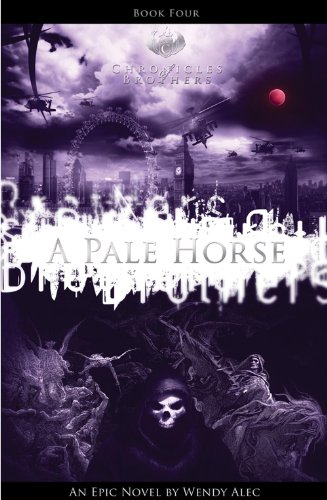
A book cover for Pale Horse (Chronicles Of Brothers: Volume 4): Book Four; Wendy Alec; Christian Books & Bibles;